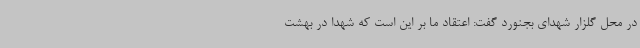
در محل گلزار شهدای بجنورد گفت: اعتقاد ما بر این است که شهدا در بهشت